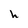
Character: h